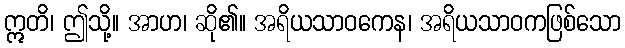
ဣတိ၊ ဤသို့။ အာဟ၊ ဆို၏။ အရိယသာဝကေန၊ အရိယသာဝကဖြစ်သော